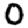
Digit: 0